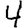
Digit: 4